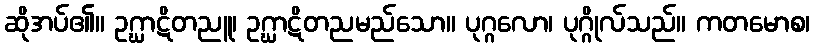
ဆိုအပ်၏။ ဥဂ္ဃာဋိတညူ၊ ဥဂ္ဃာဋိတညမည်သော။ ပုဂ္ဂလော၊ ပုဂ္ဂိုလ်သည်။ ကတမောစ၊